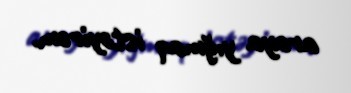
araya yığmaq istəyirəm.